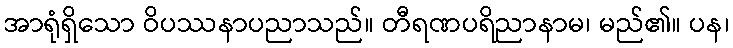
အာရုံရှိသော ဝိပဿနာပညာသည်။ တီရဏပရိညာနာမ၊ မည်၏။ ပန၊